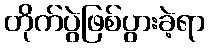
တိုက်ပွဲဖြစ်ပွားခဲ့ရာ